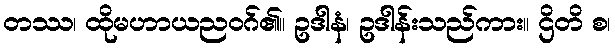
တဿ၊ ထိုမဟာယညဝဂ်၏။ ဥဒါနံ၊ ဥဒါန်းသည်ကား။ ဌိတိ စ၊